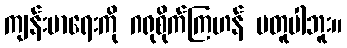
ကျန်းမာရေးကို ဂရုစိုက်ကြဟန် မတူပါဘူး။